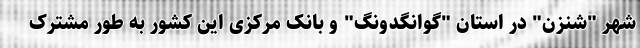
شهر "شنزن" در استان "گوانگدونگ" و بانک مرکزی این کشور به طور مشترک